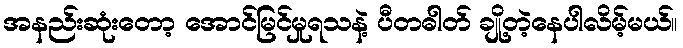
အနည်းဆုံးတော့ အောင်မြင်မှုရသနဲ့ ပီတဓါတ် ချို့တဲ့နေပါလိမ့်မယ်။